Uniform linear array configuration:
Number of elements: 8
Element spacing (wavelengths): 0.5
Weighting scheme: kaiser
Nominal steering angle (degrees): -30
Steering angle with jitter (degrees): -31.542
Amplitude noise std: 0.05
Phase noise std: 0.05

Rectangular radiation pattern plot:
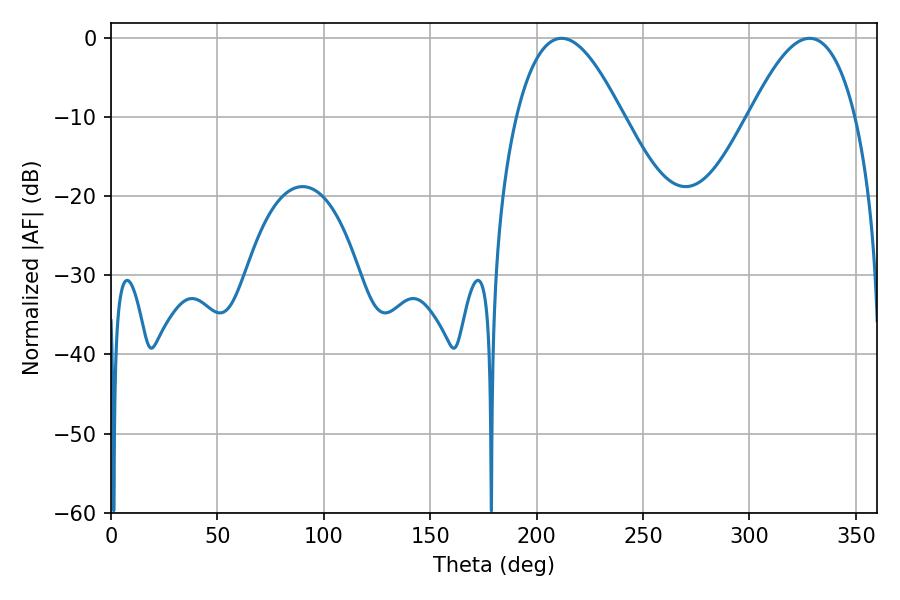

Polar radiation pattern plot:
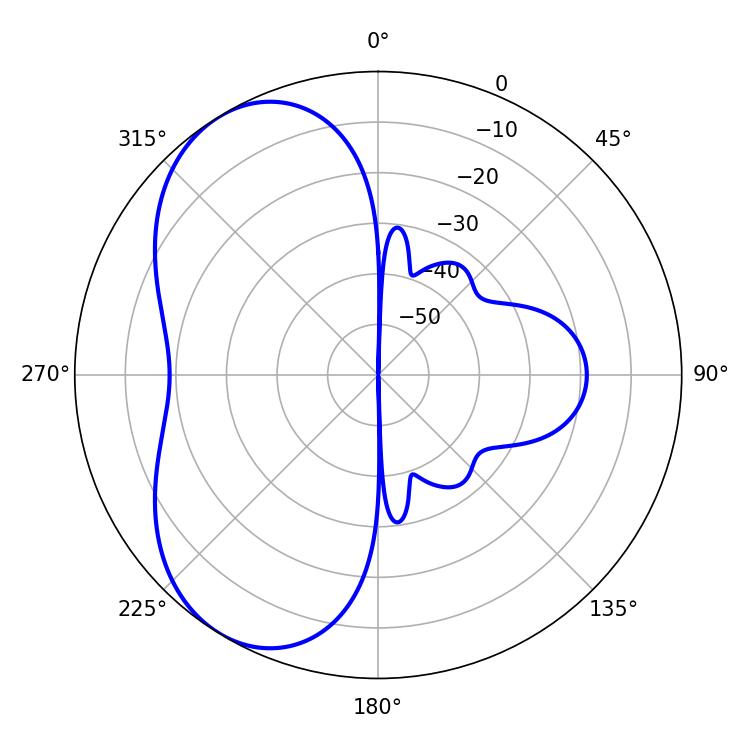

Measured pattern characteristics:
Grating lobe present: FALSE
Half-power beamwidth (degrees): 27.18
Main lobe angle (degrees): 211.68